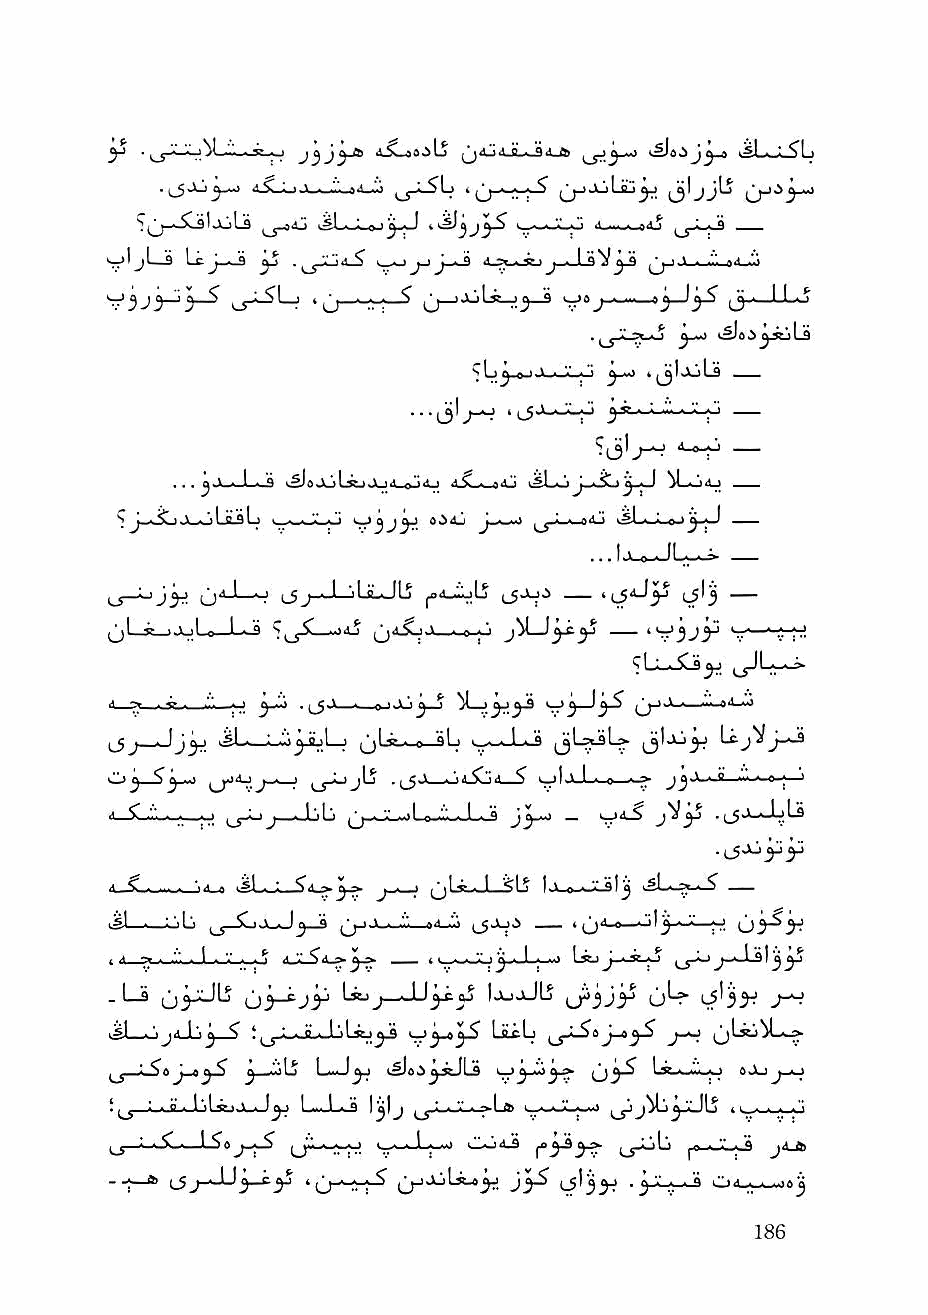
n^L.,,'^^1 t
 A^Li.\.^-ll^a^o ';j—^-^^   ^1j j^ (jJi^_»)
 SlalajLs j_j-»4j i^l.; a I .-■^•^-o rt-.....-»Aj' j_s-i-|-3
 Vr>^jL_3 LcJ_J ^  I oj_ij-^ a-jyi.jejj_J_sV^j .\_^'_a4_'.a
 j^j_) JGLs—j ^—S >w
 •••li'^      ^'i. :  —
 ... jjL-i—L->-S .sIa.s '.I ^ ,.i M ."^ I 4.^_>_a4j >sLoJ_.^^-J ^1_Ji>Lj
 s^Aj   i^yLi—o<G >?1 ■ i c'
 LS~^j^- O'"'—^ "-5j-J—    Li-V"^ —    ^?'3 —
 jjl-JS—iJuLe—1—^ ';,_y5L_-)4j            yw».^-jj
 ^ Li-i-SCj
 ■*  ^        ^ t . I, ..<'. j ^    ^j-iiV I I'l »il •'•'
 jj^^__Jj^ kSL—j—io^JuLa qIa. 0 'tlj      LtjV
 S^-i    - ' u_LijLj .[_5J Jitioa ^ IJ-L-o—z-» —■'"■-■-a.|—'
 i ^ .M ■ ■ _.| I J—Jjlj |^-.-"iL.i.>Lfc.'.i".-.J-.-3 jy-^ — Vr"*-^ y^
 ^ ^   "■ ■* n <5l—1— J ■ ■ ^jl . I ^1 ^ I > a ■ y q I j —
 , A .^ ■ "■ I ^      t i-,_wLj j.--l ; •■' LsejJ-^-St-^ j-aJls]^
 . La (j^^lj tji-^jy ^j—JJ^^ IajjJLj ij^jjy qL.
 ,jsl . \jA I'. j <s 5^jJ_.JL_LjLsej^ LiiL j-^ ^jLii^L^
 ^        ^  ^^ Lii. 1^ i^oi^^jcJLa  Ia'-.Lo
 !  i ■ B . lllsijJ^—l^ L.-La l^lj ,_y"«-«-*-^L' I— t
 O ■ ■■^—    LT-^  Sr- ■ ^ "'                J**-®-